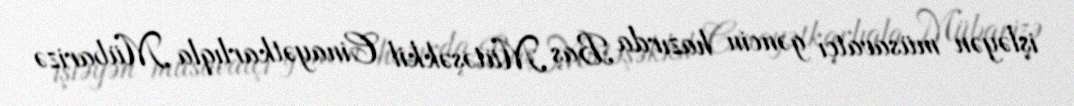
işləyən müsavatçı gəncin hazırda Baş Mütəşəkkil Cinayətkarlıqla Mübarizə